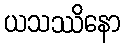
ယသဿိနော